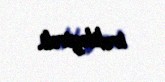
irəliləyirdi.